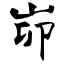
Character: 峁